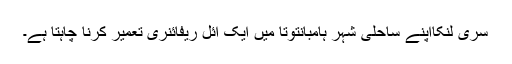
سری لنکااپنے ساحلی شہر ہامبانتوتا میں ایک آئل ریفائنری تعمیر کرنا چاہتا ہے۔